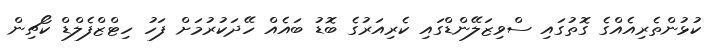
ކުޅުންތެރިއެއްގެ ގޮތުގައި ސްވިޒަލޭންޑްގައި ކެރިއަރުގެ ބޮޑު ބައެއް ހޭދަކުރުމަށް ފަހު ހިޓްޒްފެލްޑް ކޯޗިން